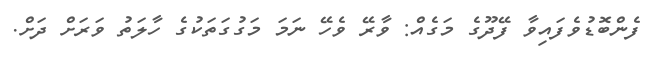
ފެންބޮޑުވެފައިވާ ފޭދޫގެ މަގެއް: ވާރޭ ވެހޭ ނަމަ މަގުގަތަކުގެ ހާލަތު ވަރަށް ދަށް.